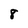
Character: 8